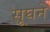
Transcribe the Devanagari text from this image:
सूघने